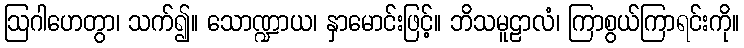
ဩဂါဟေတွာ၊ သက်၍။ သောဏ္ဍာယ၊ နှာမောင်းဖြင့်။ ဘိသမူဠာလံ၊ ကြာစွယ်ကြာရင်းကို။